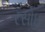
રસોઇ